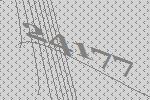
24177